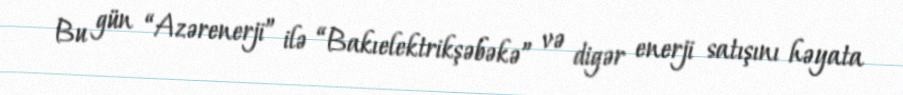
Bu gün “Azərenerji” ilə “Bakıelektrikşəbəkə” və digər enerji satışını həyata